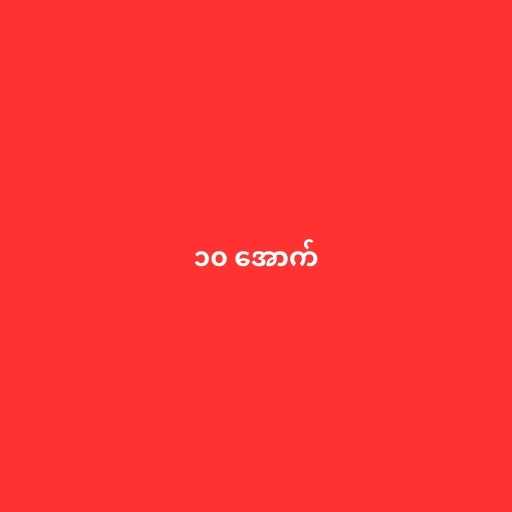
၁၀ အောက်